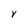
Character: Y